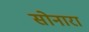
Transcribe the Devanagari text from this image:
सोनारा